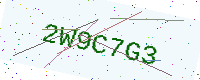
Text: 2W9C7G3